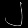
Digit: ၂